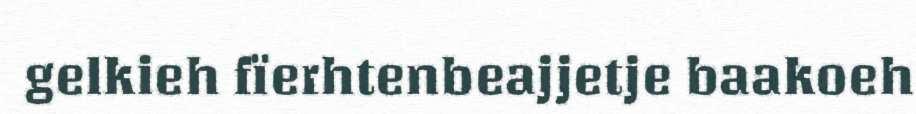
gelkieh fïerhtenbeajjetje baakoeh